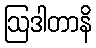
ဩဒါတာနိ